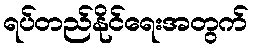
ရပ်တည်နိုင်ရေးအတွက်